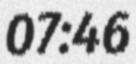
07:46